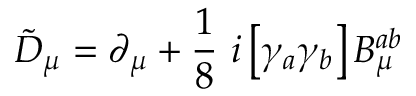
\tilde { D } _ { \mu } = \partial _ { \mu } + \frac { 1 } { 8 } \ i \left[ \gamma _ { a } \gamma _ { b } \right] B _ { \mu } ^ { a b }